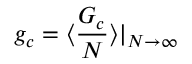
g _ { c } = \langle \frac { G _ { c } } { N } \rangle | _ { N \to \infty }